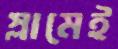
স্লামেই